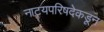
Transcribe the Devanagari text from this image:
नाट्यपरिषदेकडून